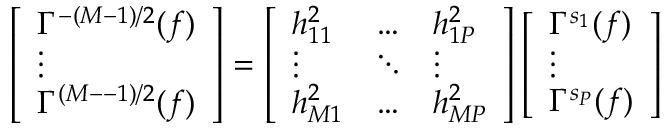
\left[ \begin{array} { l } { \Gamma ^ { - ( M { - } 1 ) / 2 } ( f ) } \\ { \vdots } \\ { \Gamma ^ { ( M { - } - 1 ) / 2 } ( f ) } \end{array} \right] = \left[ \begin{array} { l l l } { h _ { 1 1 } ^ { 2 } } & { \hdots } & { h _ { 1 P } ^ { 2 } } \\ { \vdots } & { \ddots } & { \vdots } \\ { h _ { M 1 } ^ { 2 } } & { \hdots } & { h _ { M P } ^ { 2 } } \end{array} \right] \left[ \begin{array} { l } { \Gamma ^ { s _ { 1 } } ( f ) } \\ { \vdots } \\ { \Gamma ^ { s _ { P } } ( f ) } \end{array} \right]